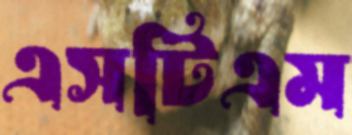
এসটিএম